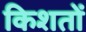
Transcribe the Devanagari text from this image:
किशतों